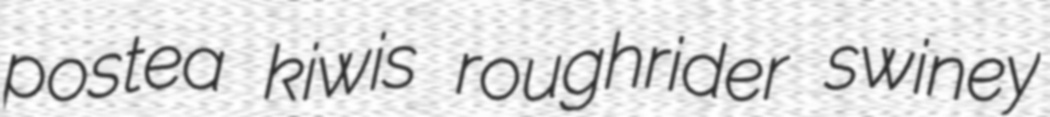
postea kiwis roughrider swiney